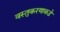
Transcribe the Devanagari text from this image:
वस्तुकरणाकडे